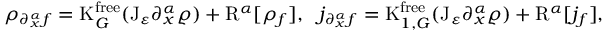
\begin{array} { r } { \rho _ { \partial _ { x } ^ { \alpha } f } = \mathrm { K } _ { G } ^ { \mathrm { f r e e } } ( \mathrm { J } _ { \varepsilon } \partial _ { x } ^ { \alpha } \varrho ) + \mathrm { R } ^ { \alpha } [ \rho _ { f } ] , \ \ j _ { \partial _ { x } ^ { \alpha } f } = \mathrm { K } _ { 1 , G } ^ { \mathrm { f r e e } } ( \mathrm { J } _ { \varepsilon } \partial _ { x } ^ { \alpha } \varrho ) + \mathrm { R } ^ { \alpha } [ j _ { f } ] , } \end{array}